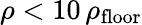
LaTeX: \rho<10\, \rho_{\mathrm{floor}}